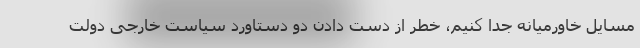
مسایل خاورمیانه جدا کنیم، خطر از دست دادن دو دستاورد سیاست خارجی دولت